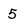
Character: 5